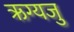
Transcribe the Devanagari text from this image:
ऋग्यजु